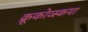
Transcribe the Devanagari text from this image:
क्रूकोव्स्कया